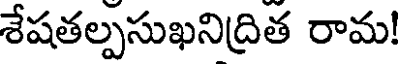
శేషతల్పసుఖనిద్రిత రామ!